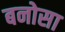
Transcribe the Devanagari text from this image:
बनोसा